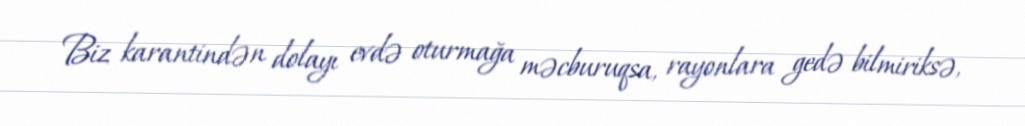
Biz karantindən dolayı evdə oturmağa məcburuqsa, rayonlara gedə bilmiriksə,